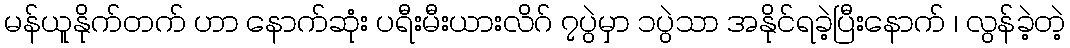
မန်ယူနိုက်တက် ဟာ နောက်ဆုံး ပရီးမီးယားလိဂ် ၇ပွဲမှာ ၁ပွဲသာ အနိုင်ရခဲ့ပြီးနောက် ၊ လွန်ခဲ့တဲ့